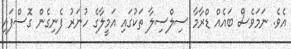
އެވެ. ނަމަވެސް ބައެއް ޑްރާމާ ސިލްސިލާ ތަކުގައި އަމީލާގެ ހުނަރު ފެނިގެން ގޮސްފައި